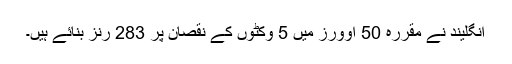
انگلیند نے مقررہ 50 اوورز میں 5 وکٹوں کے نقصان پر 283 رنز بنائے ہیں۔